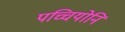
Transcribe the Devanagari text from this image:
पच्चियोनि